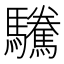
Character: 驣